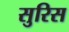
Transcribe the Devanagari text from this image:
सुरिस